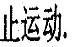
止运动.